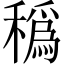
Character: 𥢬